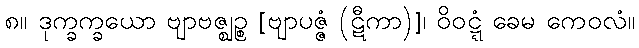
၈။ ဒုက္ခက္ခယော ဗျာဗဇ္ဈဉ္စ [ဗျာပဇ္ဇံ (ဋီကာ)]၊ ဝိဝဋ္ဋံ ခေမ ကေဝလံ။